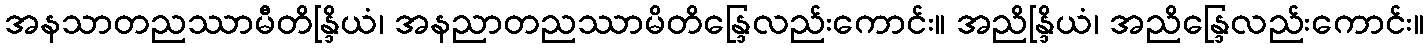
အနသာတညဿာမီတိန္ဒြိယံ၊ အနညာတညဿာမိတိန္ဒြေလည်းကောင်း။ အညိန္ဒြိယံ၊ အညိန္ဒြေလည်းကောင်း။